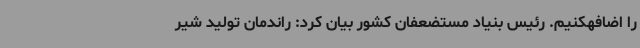
را اضافهکنیم. رئیس بنیاد مستضعفان کشور بیان کرد: راندمان تولید شیر